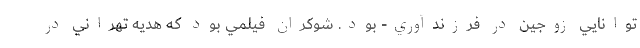
توانايي زوجين در فرزندآوري- بود. شوکران فيلمي بود که هديه تهراني در